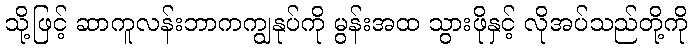
သို့ဖြင့် ဆာကူလန်းဘာကကျွနုပ်ကို မွန်းအထ သွားဖိုနှင့် လိုအပ်သည်တို့ကို